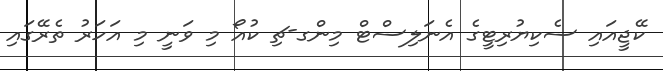
ކޭޖީއައި ސެކިޔުރިޓީގެ އެނަލިސްޓް މިންގ-ޗި ކުއޯ މި ވަނީ މި އަހަރު ތެރޭގައި